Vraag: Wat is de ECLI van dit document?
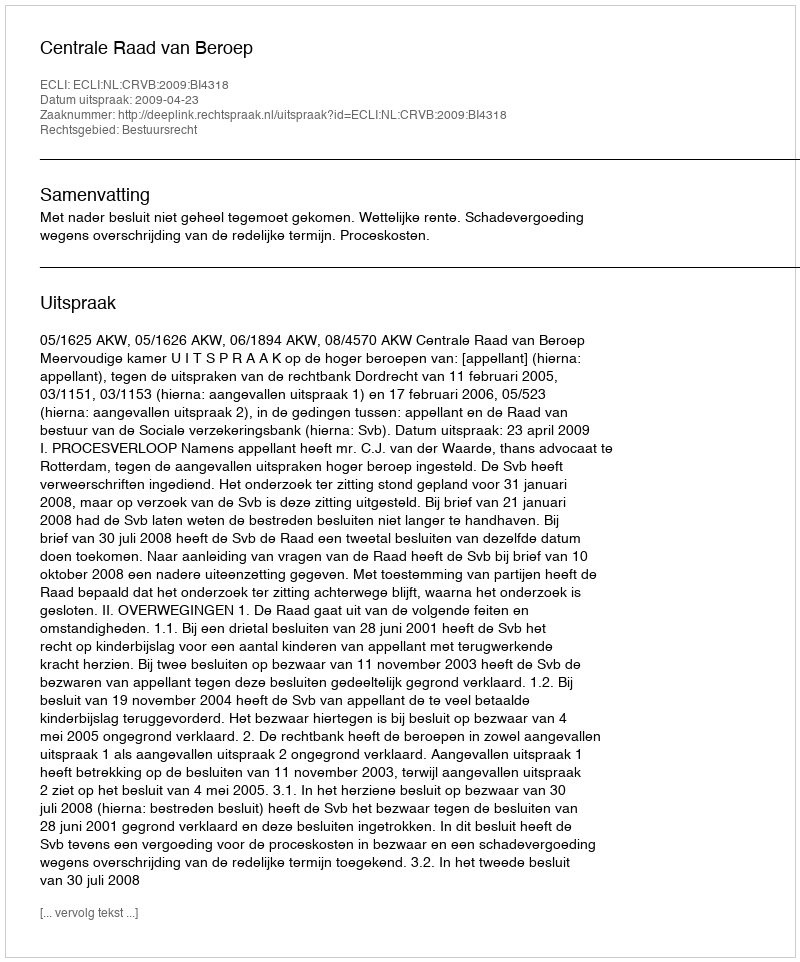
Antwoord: ECLI:NL:CRVB:2009:BI4318